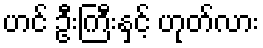
ဟင် ဦးကြီးနှင့် ဟုတ်လား